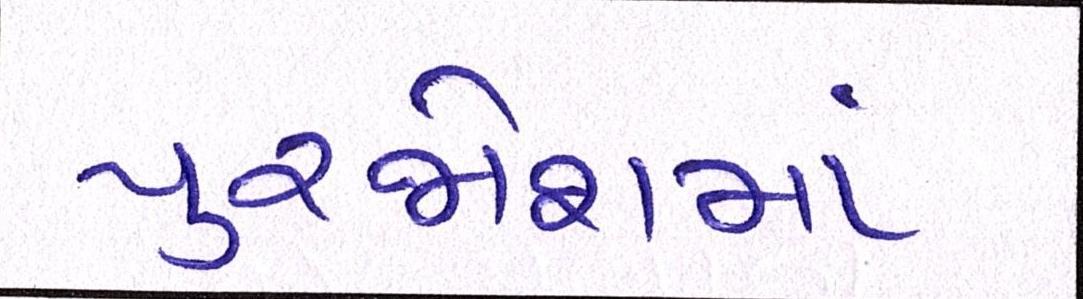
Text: પુરજોશમાં